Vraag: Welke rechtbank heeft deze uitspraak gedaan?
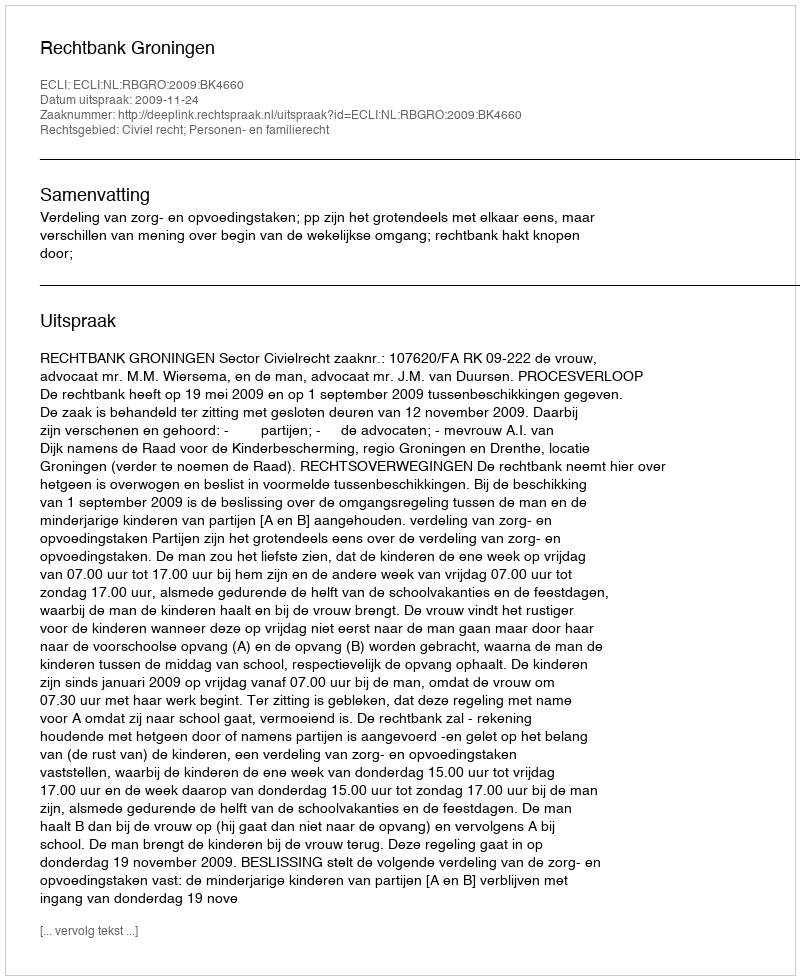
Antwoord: Rechtbank Groningen